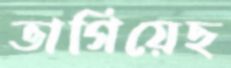
ভাগিয়েছ